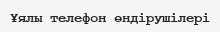
Ұялы телефон өндірушілері